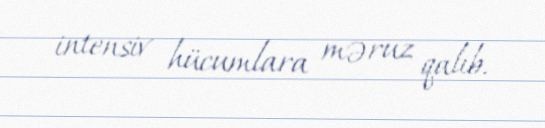
intensiv hücumlara məruz qalıb.